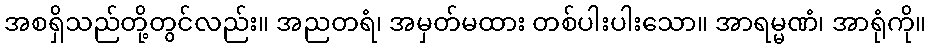
အစရှိသည်တို့တွင်လည်း။ အညတရံ၊ အမှတ်မထား တစ်ပါးပါးသော။ အာရမ္မဏံ၊ အာရုံကို။